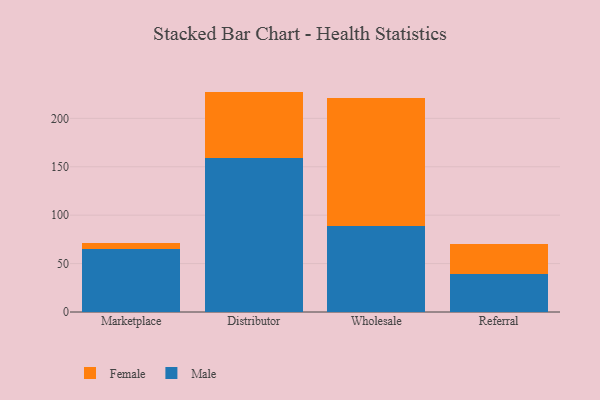
{"axis": {"x": "Channel", "y": "Conversion Rate (%)"}, "legend": ["Female", "Male"], "data": [{"x": "Marketplace", "y": 65.1, "type": "Male"}, {"x": "Marketplace", "y": 6.2, "type": "Female"}, {"x": "Distributor", "y": 159.3, "type": "Male"}, {"x": "Distributor", "y": 68.3, "type": "Female"}, {"x": "Wholesale", "y": 88.6, "type": "Male"}, {"x": "Wholesale", "y": 132.5, "type": "Female"}, {"x": "Referral", "y": 39.2, "type": "Male"}, {"x": "Referral", "y": 31.0, "type": "Female"}]}